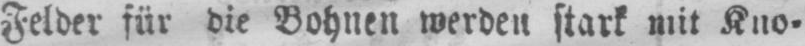
Felder für die Bohnen werden stark mit Kno⸗